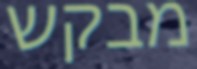
מבקש